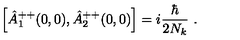
\Big [ \hat { A } _ { 1 } ^ { + + } ( 0 , 0 ) , \hat { A } _ { 2 } ^ { + + } ( 0 , 0 ) \Big ] = i \frac { \hbar } { 2 N _ { k } } \ .